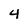
Character: 4